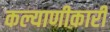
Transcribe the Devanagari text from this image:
कल्याणीकारी